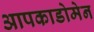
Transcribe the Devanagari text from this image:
आपकाडोमेन